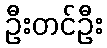
ဦးတင်ဦး